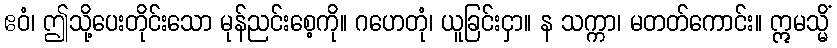
ဧဝံ၊ ဤသို့ပေးတိုင်းသော မုန်ညင်းစေ့ကို။ ဂဟေတုံ၊ ယူခြင်းငှာ။ န သက္ကာ၊ မတတ်ကောင်း။ ဣမသ္မိံ